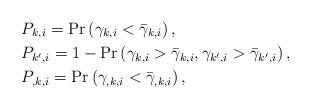
LaTeX: \begin{align*}&P_{k,i}=\Pr\left(\gamma_{k,i}<\bar\gamma_{k,i}\right),\\&P_{k',i}=1-\Pr\left(\gamma_{k,i}>\bar\gamma_{k,i},\gamma_{k',i}>\bar\gamma_{k',i}\right),\\&P_{{},{k},i}=\Pr\left(\gamma_{{},{k},i}<\bar\gamma_{{},{k},i}\right),\end{align*}